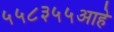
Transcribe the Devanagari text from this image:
५५८३५५आहे